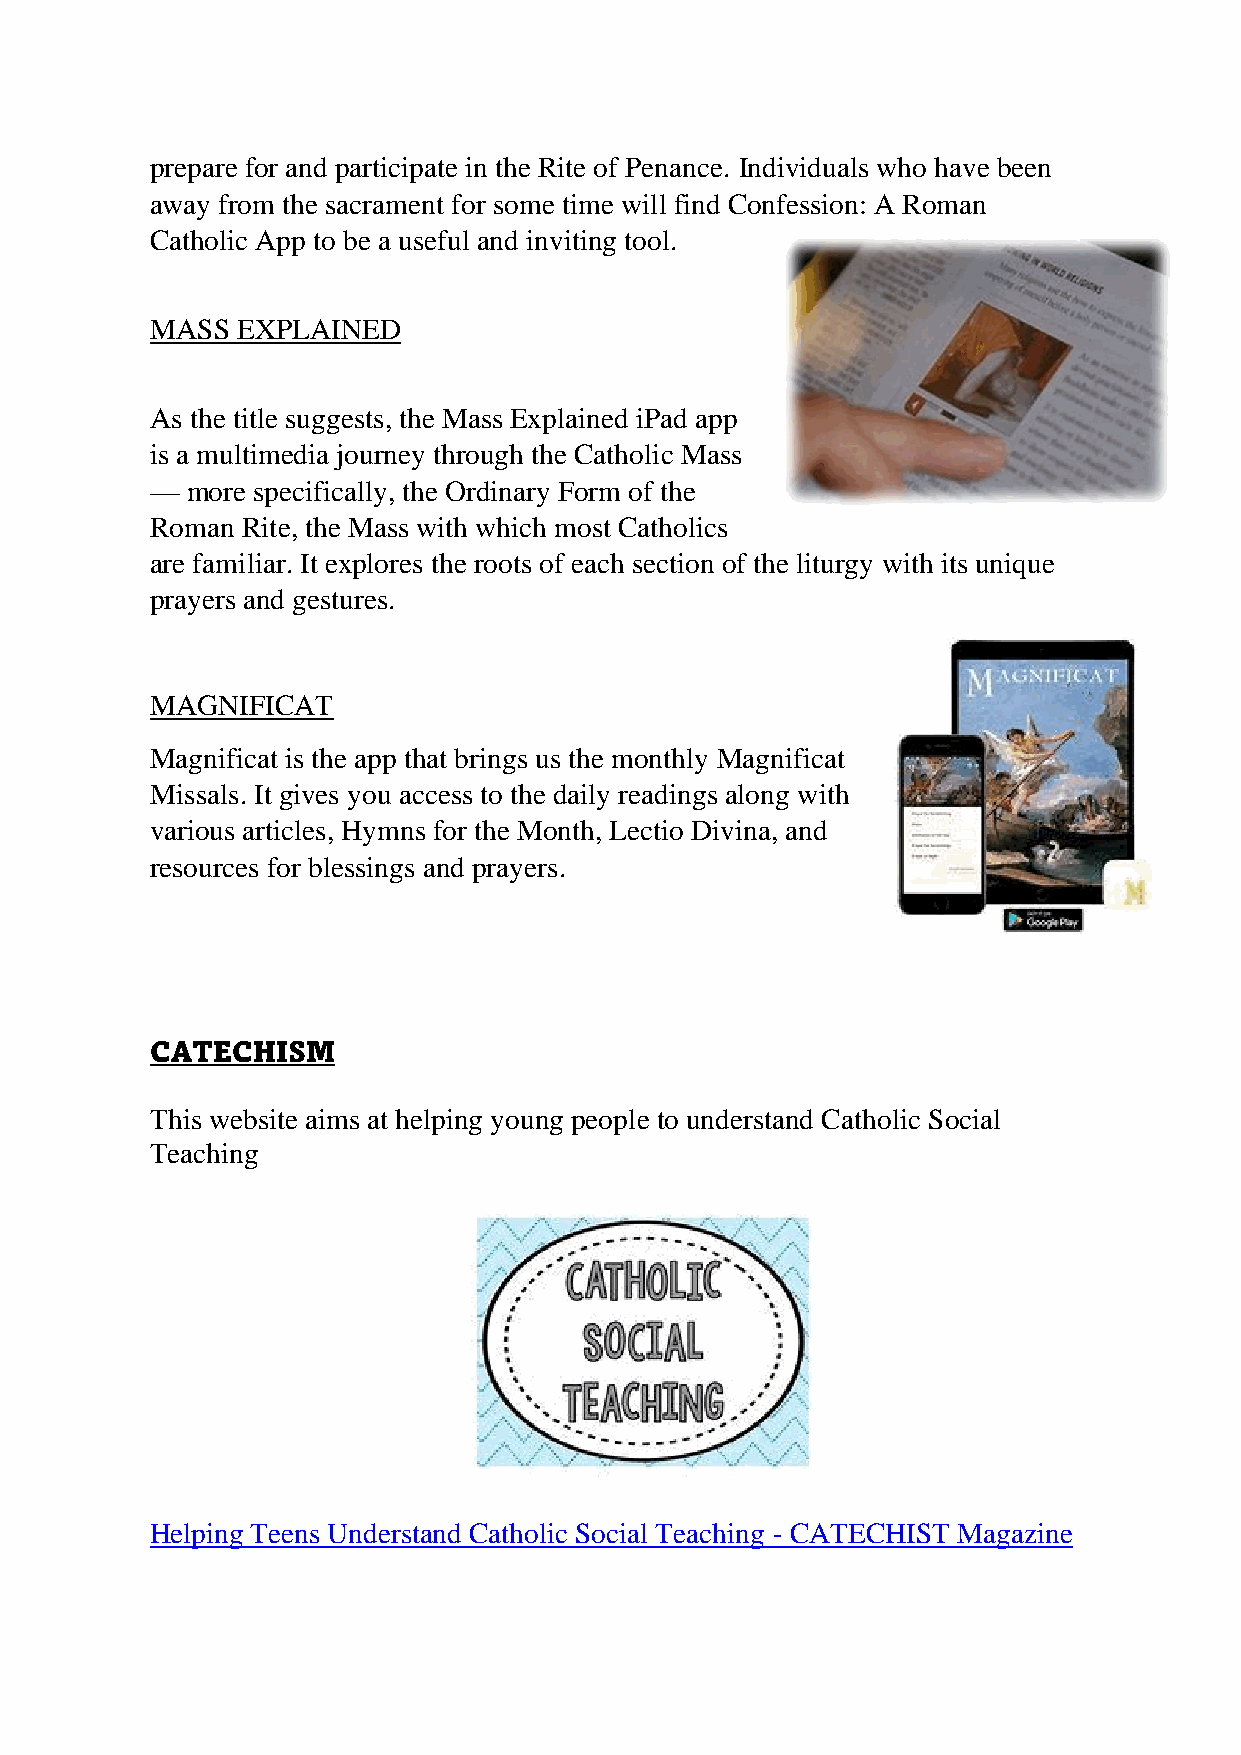
prepare for and participate in the Rite of Penance. Individuals who have been
 away from the sacrament for some time will find Confession: A Roman
 Catholic App to be a useful and inviting tool.
 MASS  EXPLAINED
 As the title suggests, the Mass Explained iPad app
 is a multimedia journey through the Catholic Mass
 — more specifically, the Ordinary Form of the
 Roman Rite, the Mass with which most Catholics
 are familiar. It explores the roots of each section of the liturgy with its unique
 prayers and gestures.
 MAGNIFICAT
 Magnificat is the app that brings us the monthly Magnificat
 Missals. It gives you access to the daily readings along with
 various articles, Hymns for the Month, Lectio Divina, and
 resources for blessings and prayers.
 CATECHISM
 This website aims at helping young people to understand Catholic Social
 Teaching
 Helping Teens Understand Catholic Social Teaching - CATECHIST Magazine